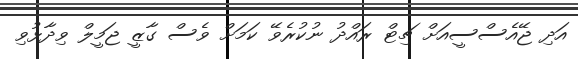
އަދި ޖޭއެސްސީއަށް ޗިޓް ރައްދު ނުކުރެވޭ ކަމަށް ވެސް ގާޒީ ޖަމީލް ވިދާޅުވި